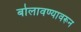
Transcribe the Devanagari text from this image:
बोलावण्यावरून